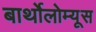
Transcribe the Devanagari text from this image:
बार्थोलोम्यूस